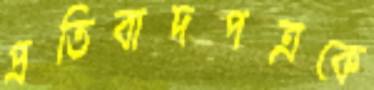
প্রতিবাদপত্রকে